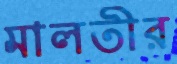
মালতীর